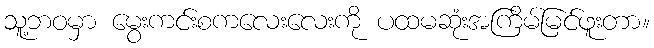
သူ့ဘဝမှာ မွေးကင်းစကလေးလေးကို ပထမဆုံးအကြိမ်မြင်ဖူးတာ။